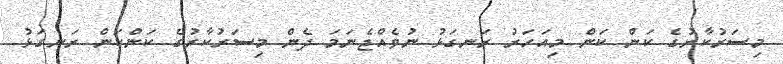
މިސަރުކާރުގެ ކަން ކަން މިއަހަރު ރަނގަޅު ނުވެއްޖެނަމަ ދެން މިސަރުކާރުގެ ކަންކަން ރަނގަޅު